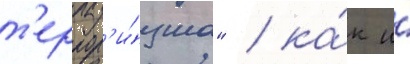
т'еррор'и́зма" / ка́к и́